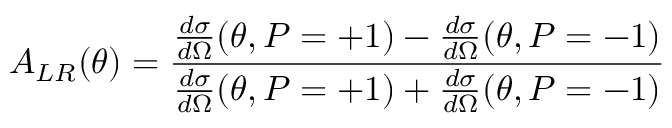
A _ { L R } ( \theta ) = \frac { \frac { d \sigma } { d \Omega } ( \theta , P = + 1 ) - \frac { d \sigma } { d \Omega } ( \theta , P = - 1 ) } { \frac { d \sigma } { d \Omega } ( \theta , P = + 1 ) + \frac { d \sigma } { d \Omega } ( \theta , P = - 1 ) }